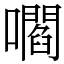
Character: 嚪